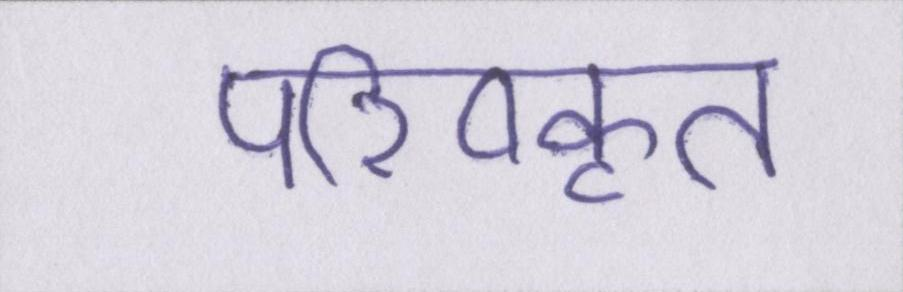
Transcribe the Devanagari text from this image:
परिष्कृत